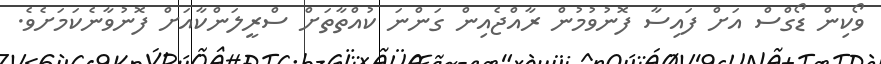
ވޯކިން ޑޯގްސް އަށް ފައިސާ ފޮނުވުމުން ރާއްޖެއިން ގަންނަ ކުއްތާތަށް ސްރީލަންކާއަށް ފޮނުވާނެކަމަށެވެ.